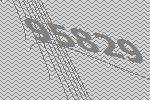
95829